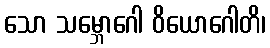
သော သမ္ဘောဂေါ ဝိယောဂေါတိ၊